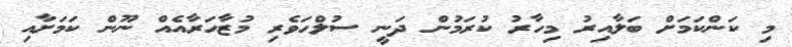
މި ކަންކަމަށް ބަލާއިރު މިހާރު ކުރަމުން ދަނީ ސުލްހަވެރި މުޒާހަރާއެއް ނޫން ކަމަށާއި